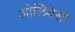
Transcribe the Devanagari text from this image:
ओलियेसी